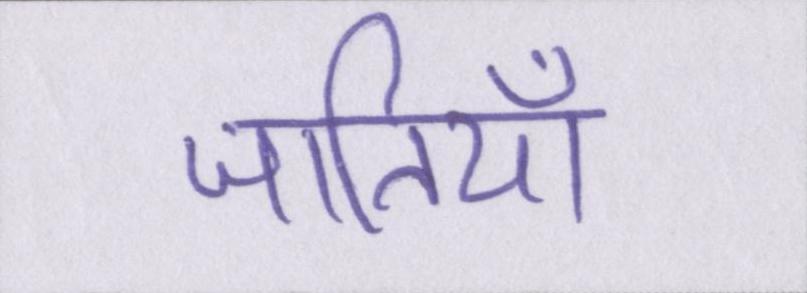
जातियाँ